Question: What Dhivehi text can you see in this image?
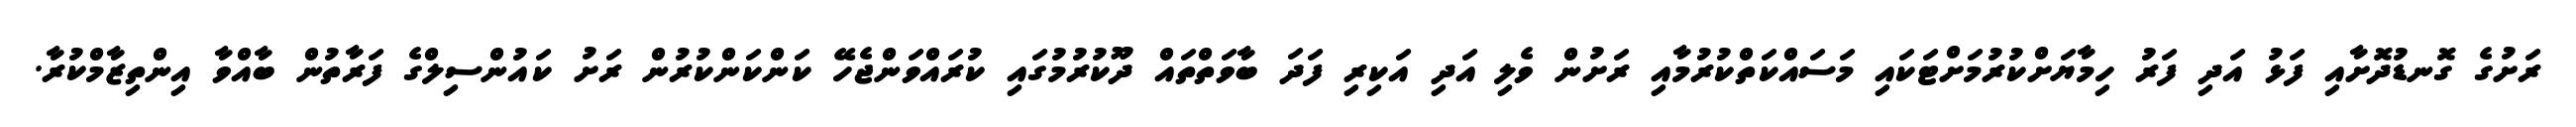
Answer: ރަށުގެ ގޮނޑުދޮށާއި ފަޅު އަދި ފަރު ހިމާޔަށްކުރުމަށްޓަކައި މަސައްކަތްކުރުމާއި ރަށުން ވެލި އަދި އަކިރި ފަދަ ބާވަތްތައް ދޫކުރުމުގައި ކުރައްވަންޖެހޭ ކަންކަންކުރުން ރަށު ކައުންސިލްގެ ފަރާތުން ބާއްވާ އިންތިޒާމްކުރާ.